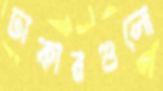
ঢাকারগুলো